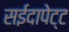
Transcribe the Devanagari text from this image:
सईदापेट्ट